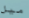
ميل